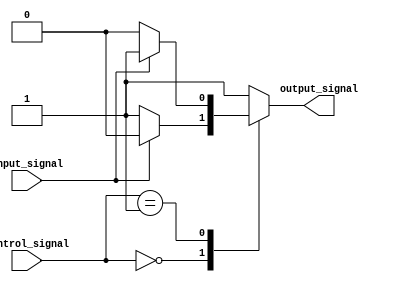
module case_example(input [1:0] control_signal,
                    input input_signal,
                    output reg output_signal);

// Declare output signal as a reg
reg output_signal;

// Case statement with if-else inside
always @* begin
    case(control_signal)
        2'b00: begin
            if(input_signal == 1'b0)
                output_signal = 1'b1;
            else
                output_signal = 1'b0;
        end
        2'b01: begin
            if(input_signal == 1'b0)
                output_signal = 1'b0;
            else
                output_signal = 1'b1;
        end
        default: output_signal = 1'b1;
    endcase
end

endmodule